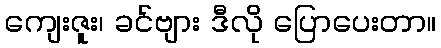
ကျေးဇူး၊ ခင်ဗျား ဒီလို ပြောပေးတာ။